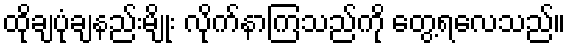
ထိုချပုံချနည်းမျိုး လိုက်နာကြသည်ကို တွေ့ရလေသည်။